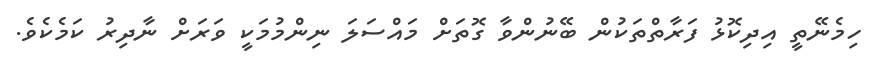
ހިމެނޭތީ އިދިކޮޅު ފަރާތްތަކުން ބޭނުންވާ ގޮތަށް މައްސަލަ ނިންމުމަކީ ވަރަށް ނާދިރު ކަމެކެވެ.